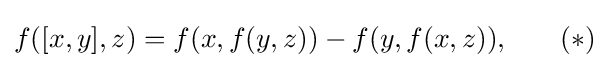
f([x,y],z)=f(x,f(y,z))-f(y,f(x,z)){,}\qquad (*)